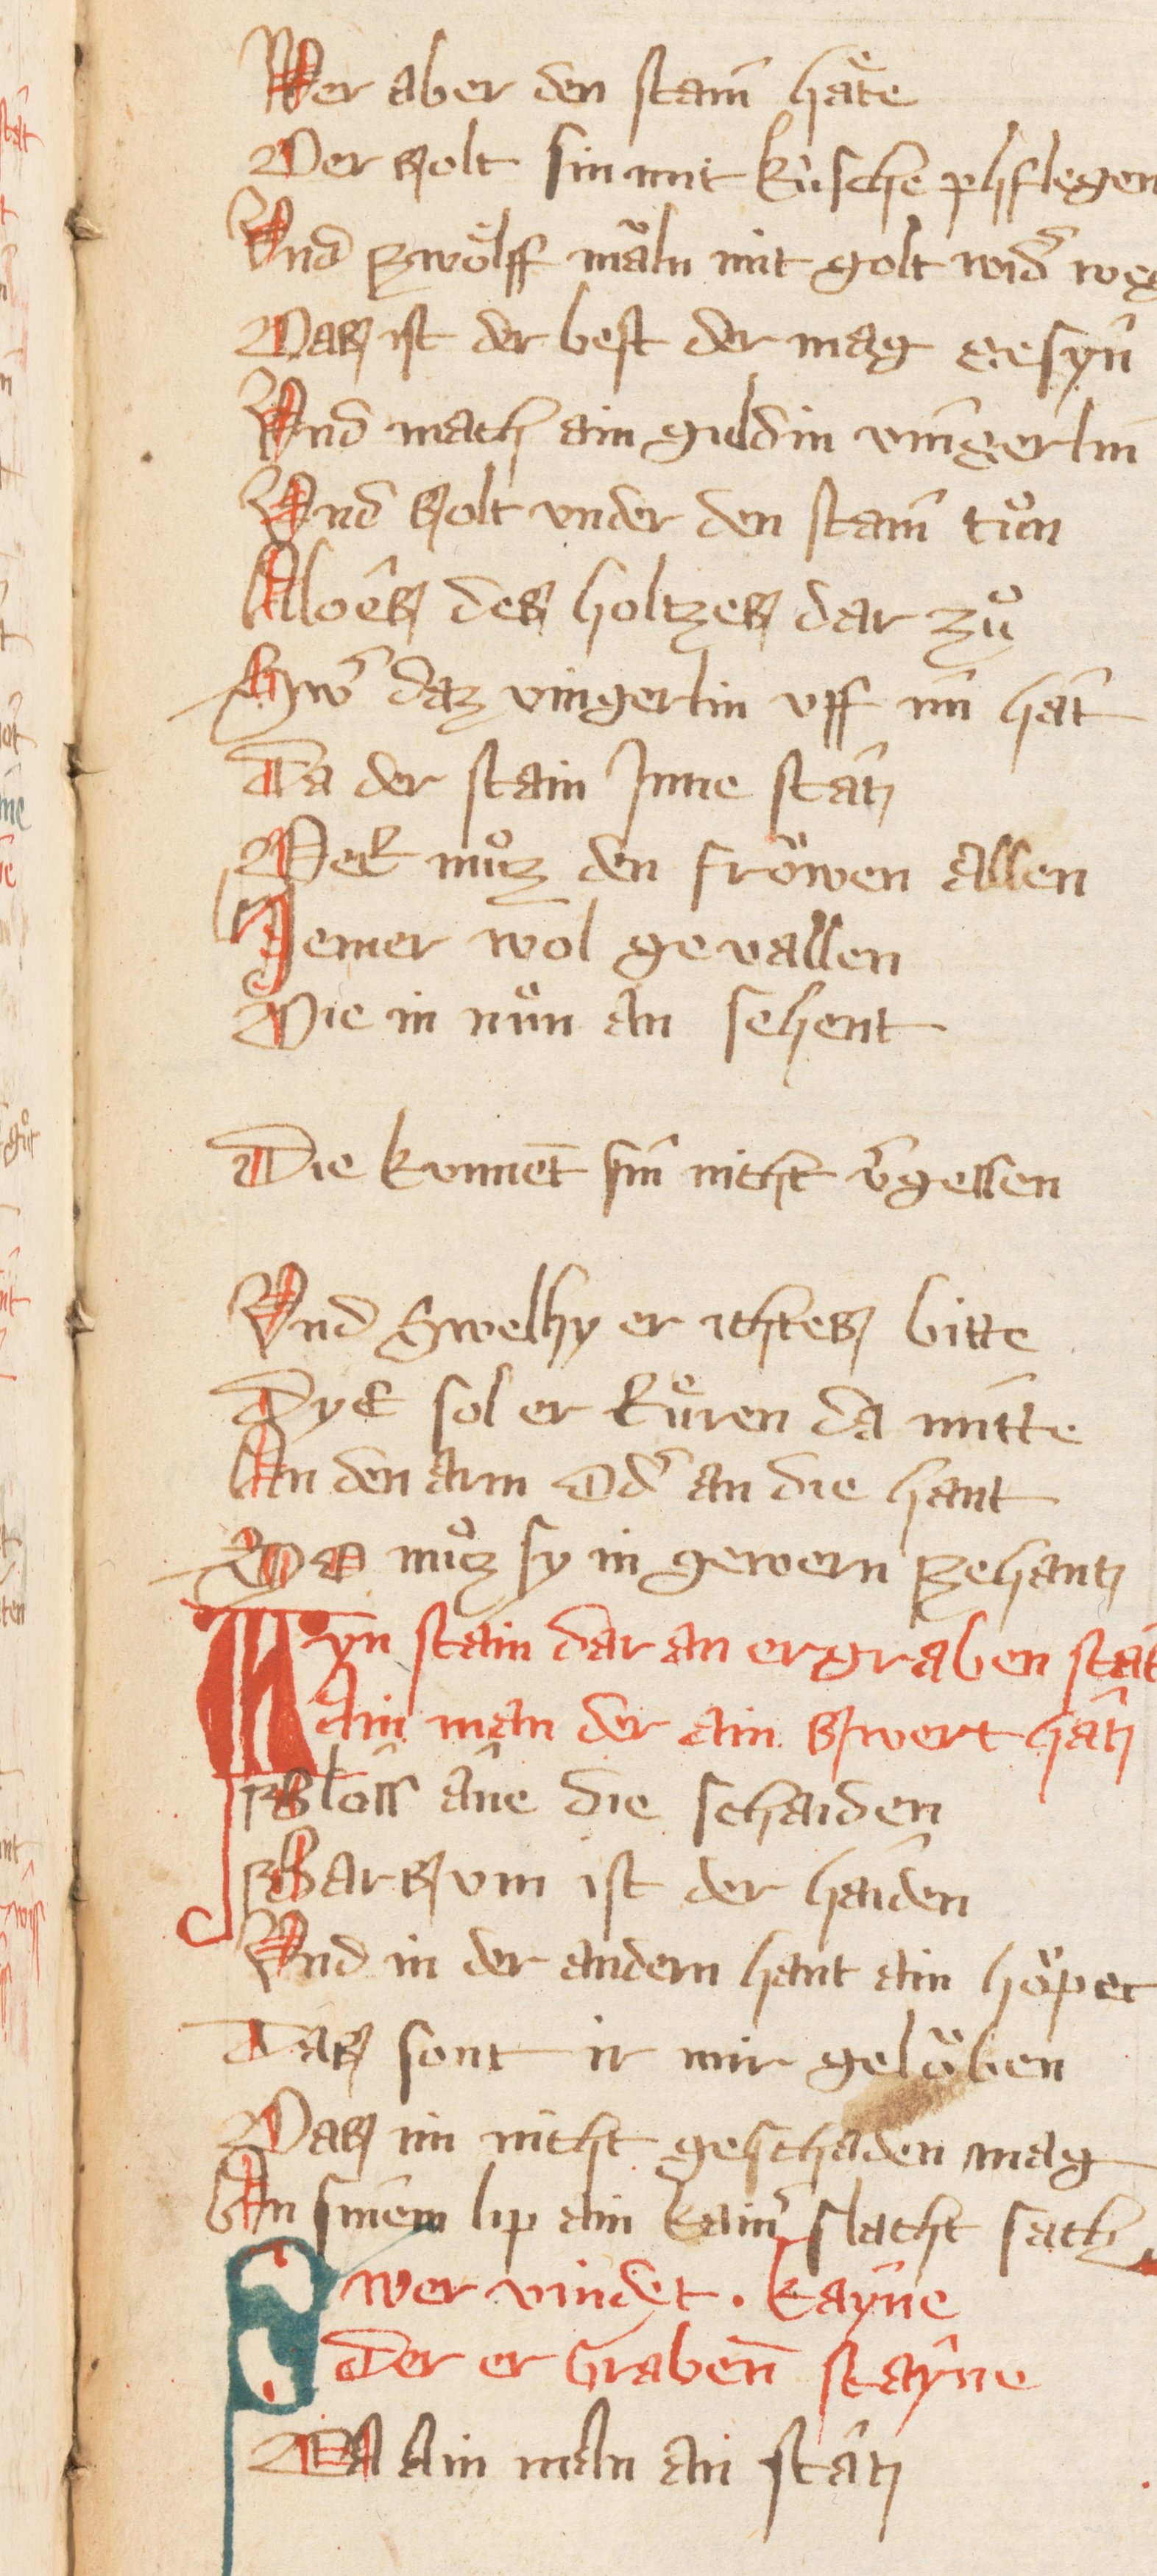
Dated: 1300–1399